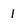
Character: 1